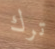
ترك